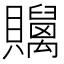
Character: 𧹇